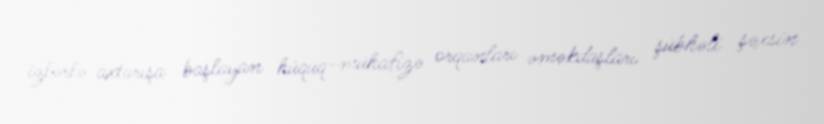
izlərlə axtarışa başlayan hüquq-mühafizə orqanları əməkdaşları şübhəli şəxsin